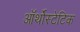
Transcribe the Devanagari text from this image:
ऑर्थोस्टेटिक